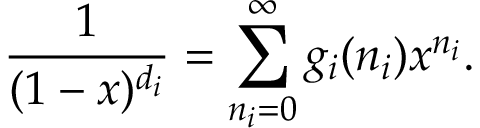
\frac { 1 } { ( 1 - x ) ^ { d _ { i } } } = \sum _ { n _ { i } = 0 } ^ { \infty } g _ { i } ( n _ { i } ) x ^ { n _ { i } } .